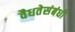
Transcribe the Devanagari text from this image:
वैधतेसंबंधी